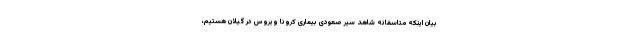
بیان اینکه متاسفانه شاهد سیر صعودی بیماری کرونا ویروس در گیلان هستیم،